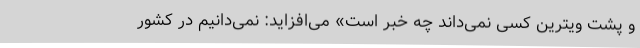
و پشت ویترین کسی نمی‌داند چه خبر است» می‌افزاید: نمی‌دانیم در کشور